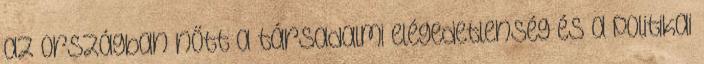
az országban nőtt a társadalmi elégedetlenség és a politikai